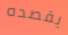
يقصده